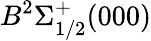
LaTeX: B^{2}\Sigma_{1/2}^{+}(000)